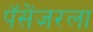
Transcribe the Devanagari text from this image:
पॅसेंजरला